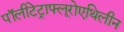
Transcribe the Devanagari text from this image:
पॉलीटेट्राफ्लूरोएथिलीन